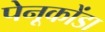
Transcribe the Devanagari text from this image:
पेनूकोंडा